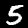
Label: 5